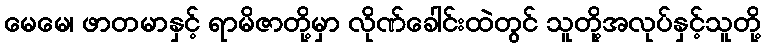
မေမေ၊ ဖာတမာနှင့် ရာမိဇာတို့မှာ လိုဏ်ခေါင်းထဲတွင် သူတို့အလုပ်နှင့်သူတို့